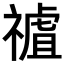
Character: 𥛜